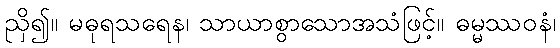
ညှိ၍။ မဓုရသရေန၊ သာယာစွာသောအသံဖြင့်။ ဓမ္မဿဝနံ၊